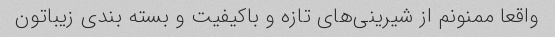
واقعا ممنونم از شیرینی‌های تازه و باکیفیت و بسته بندی زیباتون